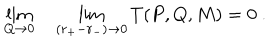
LaTeX: \lim _ { Q \rightarrow 0 } \quad \lim _ { ( r _ { + } - r _ { - } ) \rightarrow 0 } T ( P , Q , M ) = 0 \ .